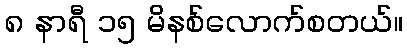
၈ နာရီ ၁၅ မိနစ်လောက်စတယ်။